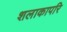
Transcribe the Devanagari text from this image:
शलाकापरि